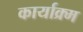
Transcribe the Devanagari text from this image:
कार्याक्र्म